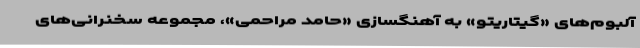
آلبوم‌های «گیتاریتو» به آهنگسازی «حامد مراحمی»، مجموعه سخنرانی‌های